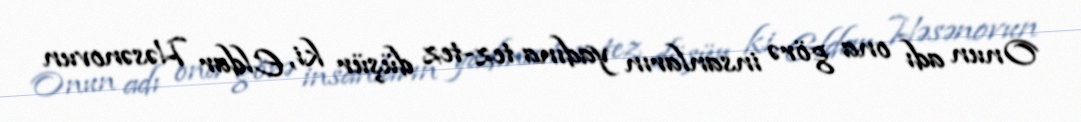
Onun adı ona görə insanların yadına tez-tez düşür ki, Eldar Həsənovun